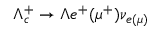
\Lambda _ { c } ^ { + } \to \Lambda e ^ { + } ( \mu ^ { + } ) \nu _ { e ( \mu ) }